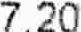
7.20